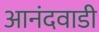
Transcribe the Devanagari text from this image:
आनंदवाडी